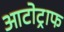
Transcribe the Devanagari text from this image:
आटोट्राफ